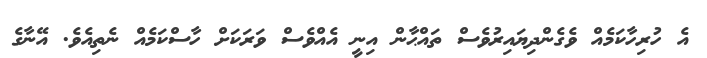
އެ ހުރިހާކަމެއް ވެގެންދިޔައިރުވެސް ތައްޙާން އިނީ އެއްވެސް ވަރަކަށް ހާސްކަމެއް ނެތިއެވެ. އޭނާގެ